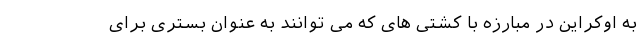
به اوکراین در مبارزه با کشتی های که می توانند به عنوان بستری برای